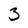
Character: 3